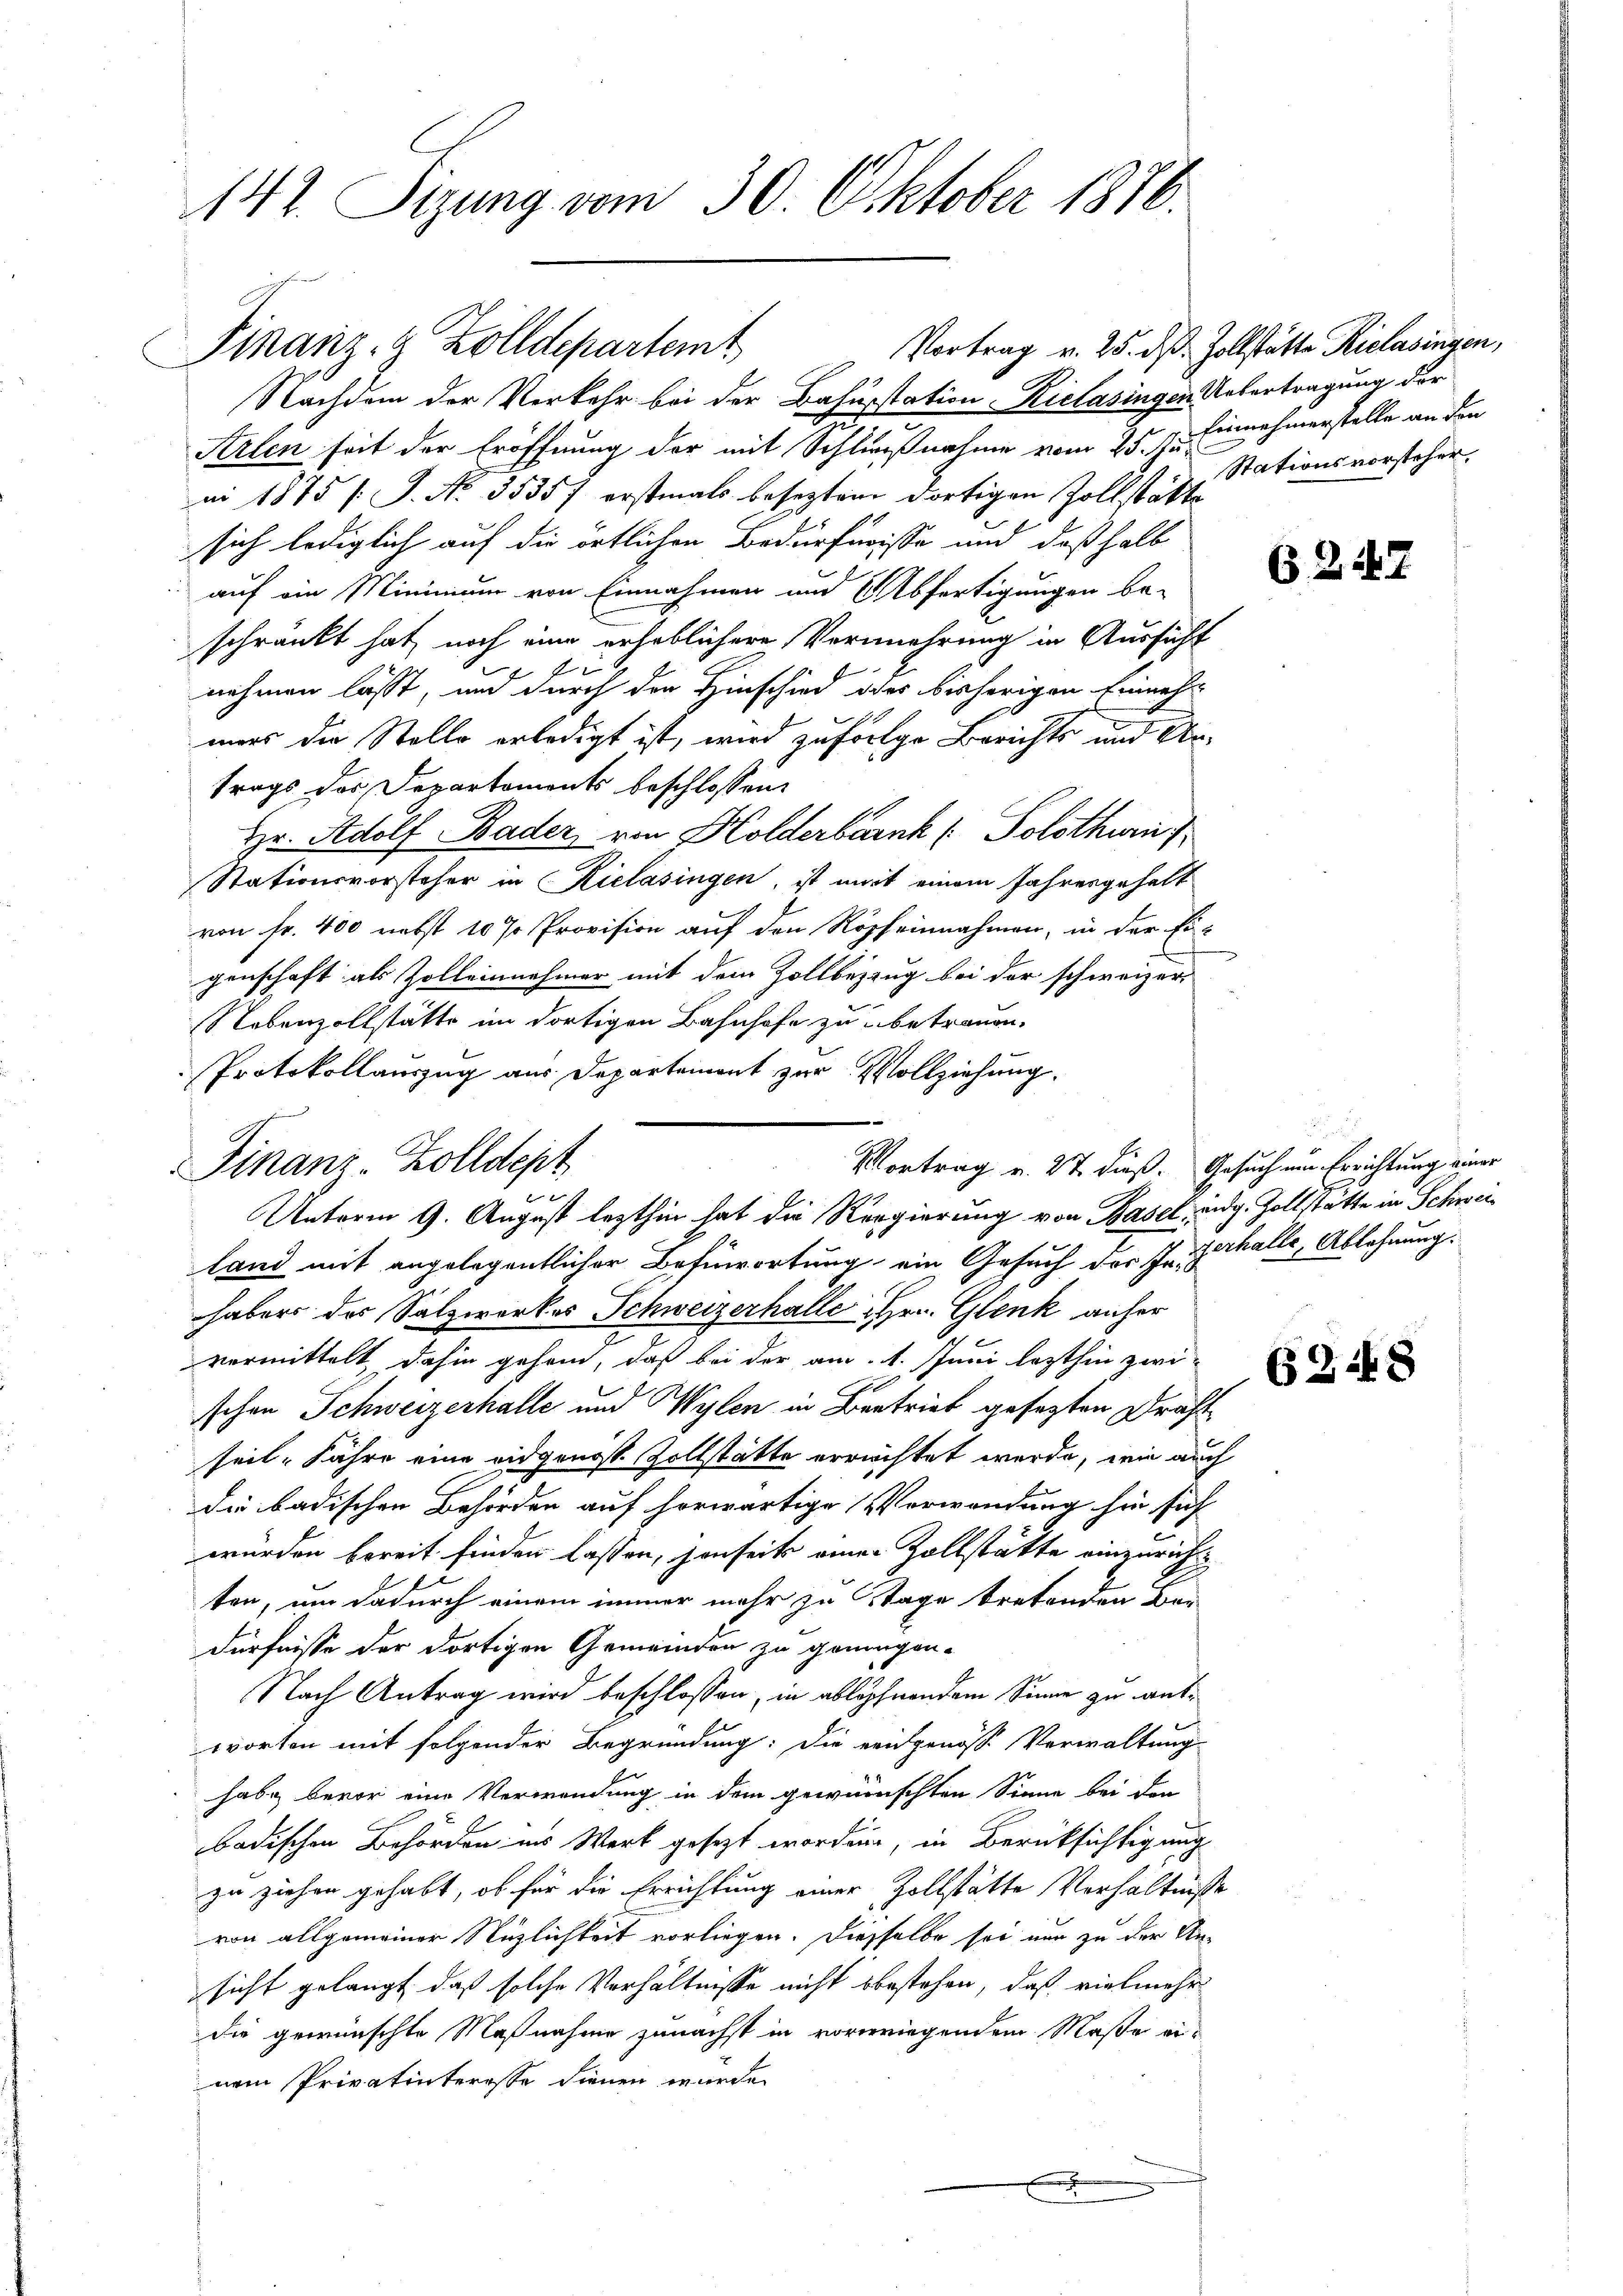
142. Sizung vom 30. Oktober 1876.

Finanz- & Zolldepartemt

Nachdem der Verkehr bei der Bahnsstation - Rielasingen Uebertragung der
Strlen seit der Eröffnung der mit Schlußnahme vom 25. zu Einnahmerstelle an den
ni 1875 f. J. No. 3535f erstmals beseztem dortigen Zollstätte
sich lediglich auf die örtlichen Bedürfnisse und deßhalb
 auf ein Mininium von Einnahmen und Abfertigungen be-
schränkt hat, noch eine erheblichere Vermehrung in Aussicht
nehmen lässt, und durch der Hinschied oder bisherigen Einnahmers der Stollo erledigt ist, wird zufolge Berichts und Antrags des Departemonts beschlossen:
Hr. Adolf Bader, von Holderbank (Polothwen
Stationsvorsteher in Rielasingen, ist mit einem Jahresgehalt
von Fr. 400 nebst 10 % Provision auf den Röpheinnahmen, in der Ei-
genschaft als Zolleinehmer mit dem Zollbezzug bei der schweizer-
Nebenzollstätte im dortigen Bahnhofe zu betrauen.
Protokollauszug aus Departement zur Vollziehung.

Finanz-Zolldept
Unterm 9. August lezthin hat die Regierung von Basel, eidg. Zollstatte in Schwei¬

Vortrag v. St. dieß. Gesuch um Errichtung einer
land mit angelegentlicher Befürwortung ein Gesuch der J. erhalle, Ablehnung.
haber des Salzwerkes Schweizerhalle Hrn. Glenk anher
vermittelt, dahin gehen, daß bei der am 1. Juni lezthin zwi-
schen Schweizerhalle und Wylen in Bertrieb gesezten Draht
seit Jahre eine eidgenoß Zollstätte errichtet werde, wie auch
die badischen Behörden auf horwärtige Verwendung hin sich
würden bereit finden lassen, sonseits einer Zollstätte einzuricht
ten, um dadurch einem immer mehr zu Tage tretenden Bei-
dürfnisse der dortigen Gemeinden zu genügen.
Nach Antrag wird beschlossen, in ablöpfnendem Sinne zu antworten mit folgender Begründung: die eringenosse Verwaltung
habe bevor eine Verwendung in dem gewünschten Sinne bei den
badischen Behörden ins Werk gesezt worden, in Berücksichtigung
zu ziehen gehabt, ob für die Errichtung einer Zollstätte Verhältnisse
von allgemeiner Nüzlichkeit vorliegen. Diesselbe sei nur zu der Unsicht gelangt, daß solche Verhältnisse nicht bestehen, daß vielmehr
die gewünschte Maßnahme zunächst in vorwiegendem Maße einem Privatinteresse dienen wurde.
x

Vortrag v. 25. ds. Zollstätte Kielasingen,
Stationsvorsteher,

62. 167.

5

62:48